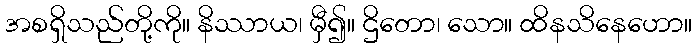
အစရှိသည်တို့ကို။ နိဿာယ၊ မှီ၍။ ဌိတော၊ သော။ ထိနသိနေဟော။